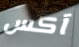
آكس